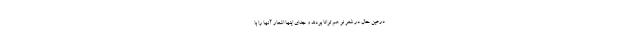
درعین حال در شعر نو هم توانا بودند و جدای اینها اشعار آنها را با